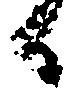
日